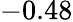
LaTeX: -0.48